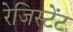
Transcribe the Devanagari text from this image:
रेजिस्टेंट